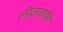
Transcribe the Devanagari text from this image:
लीलाताईंना